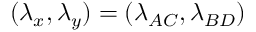
( \lambda _ { x } , \lambda _ { y } ) = ( \lambda _ { A C } , \lambda _ { B D } )